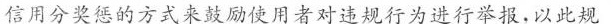
信用分奖惩的方式来鼓励使用者对违规行为进行举报。以此规